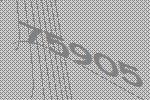
75905